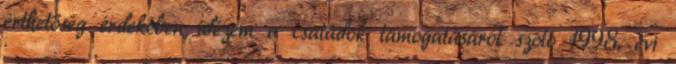
érthetőség érdekében idézem a családok támogatásáról szóló 1998. évi